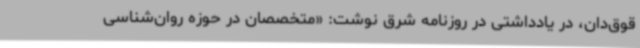
قوق‌دان، در یادداشتی در روزنامه شرق نوشت: «متخصصان در حوزه روان‌شناسی